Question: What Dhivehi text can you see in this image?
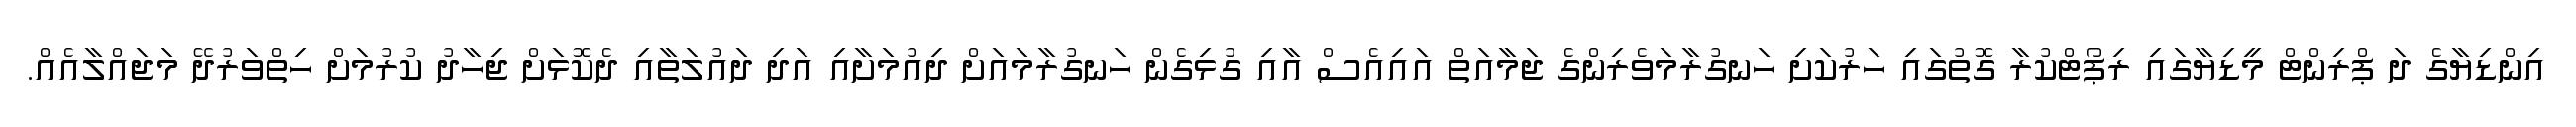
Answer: އިންޑިޔާގެ ދަ ޕްރިންޓް މީޑިޔާގައި ރިޕޯޓްކުރާ ގޮތުގައި ހަރުކަށި ހަނގުރާމަވެރިންގެ ޖަމާއަތް އައިއެސް އާއި ގުޅިގެން ހަނގުރާމައަށް ދިއުމަށާއި އަދި ދައުލަތާއި ދެކޮޅަށް ޖިހާދު ކުރުމަށް ހިތްވަރުދޭ މަޖައްލާއެއް.